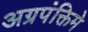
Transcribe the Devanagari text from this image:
अग्रपंक्तिमे